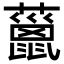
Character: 𧀨